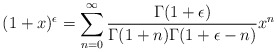
\begin{align*} (1+x)^{\epsilon} = \sum_{n=0}^{\infty} \frac{\Gamma(1+\epsilon)}{\Gamma(1+n)\Gamma(1+\epsilon-n)} x^n\end{align*}